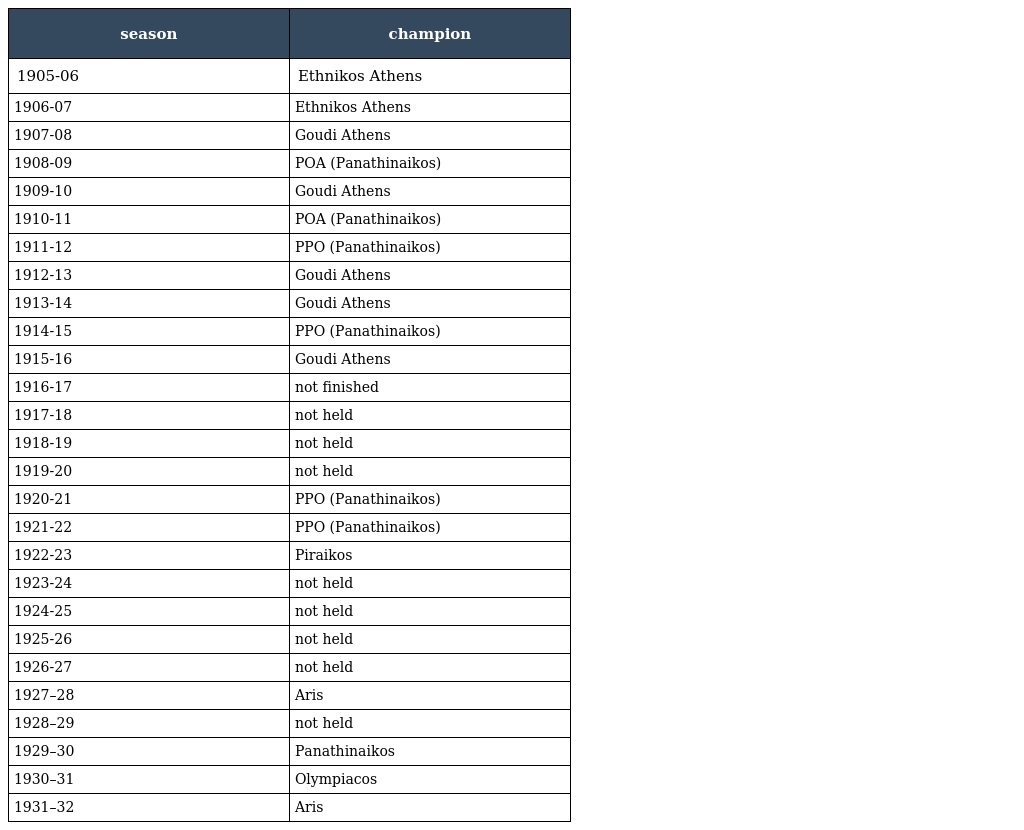
| season | champion |
 | --- | --- |
 | 1905-06 | Ethnikos Athens |
 | 1906-07 | Ethnikos Athens |
 | 1907-08 | Goudi Athens |
 | 1908-09 | POA (Panathinaikos) |
 | 1909-10 | Goudi Athens |
 | 1910-11 | POA (Panathinaikos) |
 | 1911-12 | PPO (Panathinaikos) |
 | 1912-13 | Goudi Athens |
 | 1913-14 | Goudi Athens |
 | 1914-15 | PPO (Panathinaikos) |
 | 1915-16 | Goudi Athens |
 | 1916-17 | not finished |
 | 1917-18 | not held |
 | 1918-19 | not held |
 | 1919-20 | not held |
 | 1920-21 | PPO (Panathinaikos) |
 | 1921-22 | PPO (Panathinaikos) |
 | 1922-23 | Piraikos |
 | 1923-24 | not held |
 | 1924-25 | not held |
 | 1925-26 | not held |
 | 1926-27 | not held |
 | 1927–28 | Aris |
 | 1928–29 | not held |
 | 1929–30 | Panathinaikos |
 | 1930–31 | Olympiacos |
 | 1931–32 | Aris |